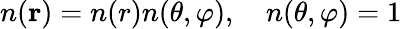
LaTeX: n(\mathbf r)=n(r)n(\theta,\varphi),\quad n(\theta,\varphi)=1